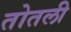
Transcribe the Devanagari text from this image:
तोतली